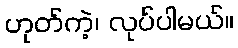
ဟုတ်ကဲ့၊ လုပ်ပါမယ်။